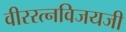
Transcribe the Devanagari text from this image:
वीररत्नविजयजी